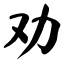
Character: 劝